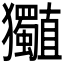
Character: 𤣡